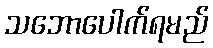
သဘောပေါက်ရမည်